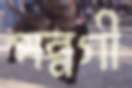
পন্নগী